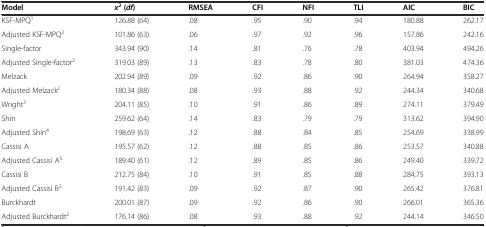
<table><thead><tr><td><b>Model</b></td><td><b><i>x</i><sup>2</sup>(<i>df</i>)</b></td><td><b>RMSEA</b></td><td><b>CFI</b></td><td><b>NFI</b></td><td><b>TLI</b></td><td><b>AIC</b></td><td><b>BIC</b></td></tr></thead><tbody><tr><td>KSF-MPQ<sup>1</sup></td><td>126.88 (64)</td><td>.08</td><td>.95</td><td>.90</td><td>.94</td><td>180.88</td><td>262.17</td></tr><tr><td>Adjusted KSF-MPQ<sup>2</sup></td><td>101.86 (63)</td><td>.06</td><td>.97</td><td>.92</td><td>.96</td><td>157.86</td><td>242.16</td></tr><tr><td>Single-factor</td><td>343.94 (90)</td><td>.14</td><td>.81</td><td>.76</td><td>.78</td><td>403.94</td><td>494.26</td></tr><tr><td>Adjusted Single-factor<sup>2</sup></td><td>319.03 (89)</td><td>.13</td><td>.83</td><td>.78</td><td>.80</td><td>381.03</td><td>474.36</td></tr><tr><td>Melzack</td><td>202.94 (89)</td><td>.09</td><td>.92</td><td>.86</td><td>.90</td><td>264.94</td><td>358.27</td></tr><tr><td>Adjusted Melzack<sup>2</sup></td><td>180.34 (88)</td><td>.08</td><td>.93</td><td>.88</td><td>.92</td><td>244.34</td><td>340.68</td></tr><tr><td>Wright<sup>3</sup></td><td>204.11 (85)</td><td>.10</td><td>.91</td><td>.86</td><td>.89</td><td>274.11</td><td>379.49</td></tr><tr><td>Shin</td><td>259.62 (64)</td><td>.14</td><td>.83</td><td>.79</td><td>.79</td><td>313.62</td><td>394.90</td></tr><tr><td>Adjusted Shin<sup>4</sup></td><td>198.69 (63)</td><td>.12</td><td>.88</td><td>.84</td><td>.85</td><td>254.69</td><td>338.99</td></tr><tr><td>Cassisi A</td><td>195.57 (62)</td><td>.12</td><td>.88</td><td>.85</td><td>.86</td><td>253.57</td><td>340.88</td></tr><tr><td>Adjusted Cassisi A<sup>5</sup></td><td>189.40 (61)</td><td>.12</td><td>.89</td><td>.85</td><td>.86</td><td>249.40</td><td>339.72</td></tr><tr><td>Cassisi B</td><td>212.75 (84)</td><td>.10</td><td>.91</td><td>.85</td><td>.88</td><td>284.75</td><td>393.13</td></tr><tr><td>Adjusted Cassisi B<sup>2</sup></td><td>191.42 (83)</td><td>.09</td><td>.92</td><td>.87</td><td>.90</td><td>265.42</td><td>376.81</td></tr><tr><td>Burckhardt</td><td>200.01 (87)</td><td>.09</td><td>.92</td><td>.86</td><td>.90</td><td>266.01</td><td>365.36</td></tr><tr><td>Adjusted Burckhardt<sup>2</sup></td><td>176.14 (86)</td><td>.08</td><td>.93</td><td>.88</td><td>.92</td><td>244.14</td><td>346.50</td></tr></tbody></table>